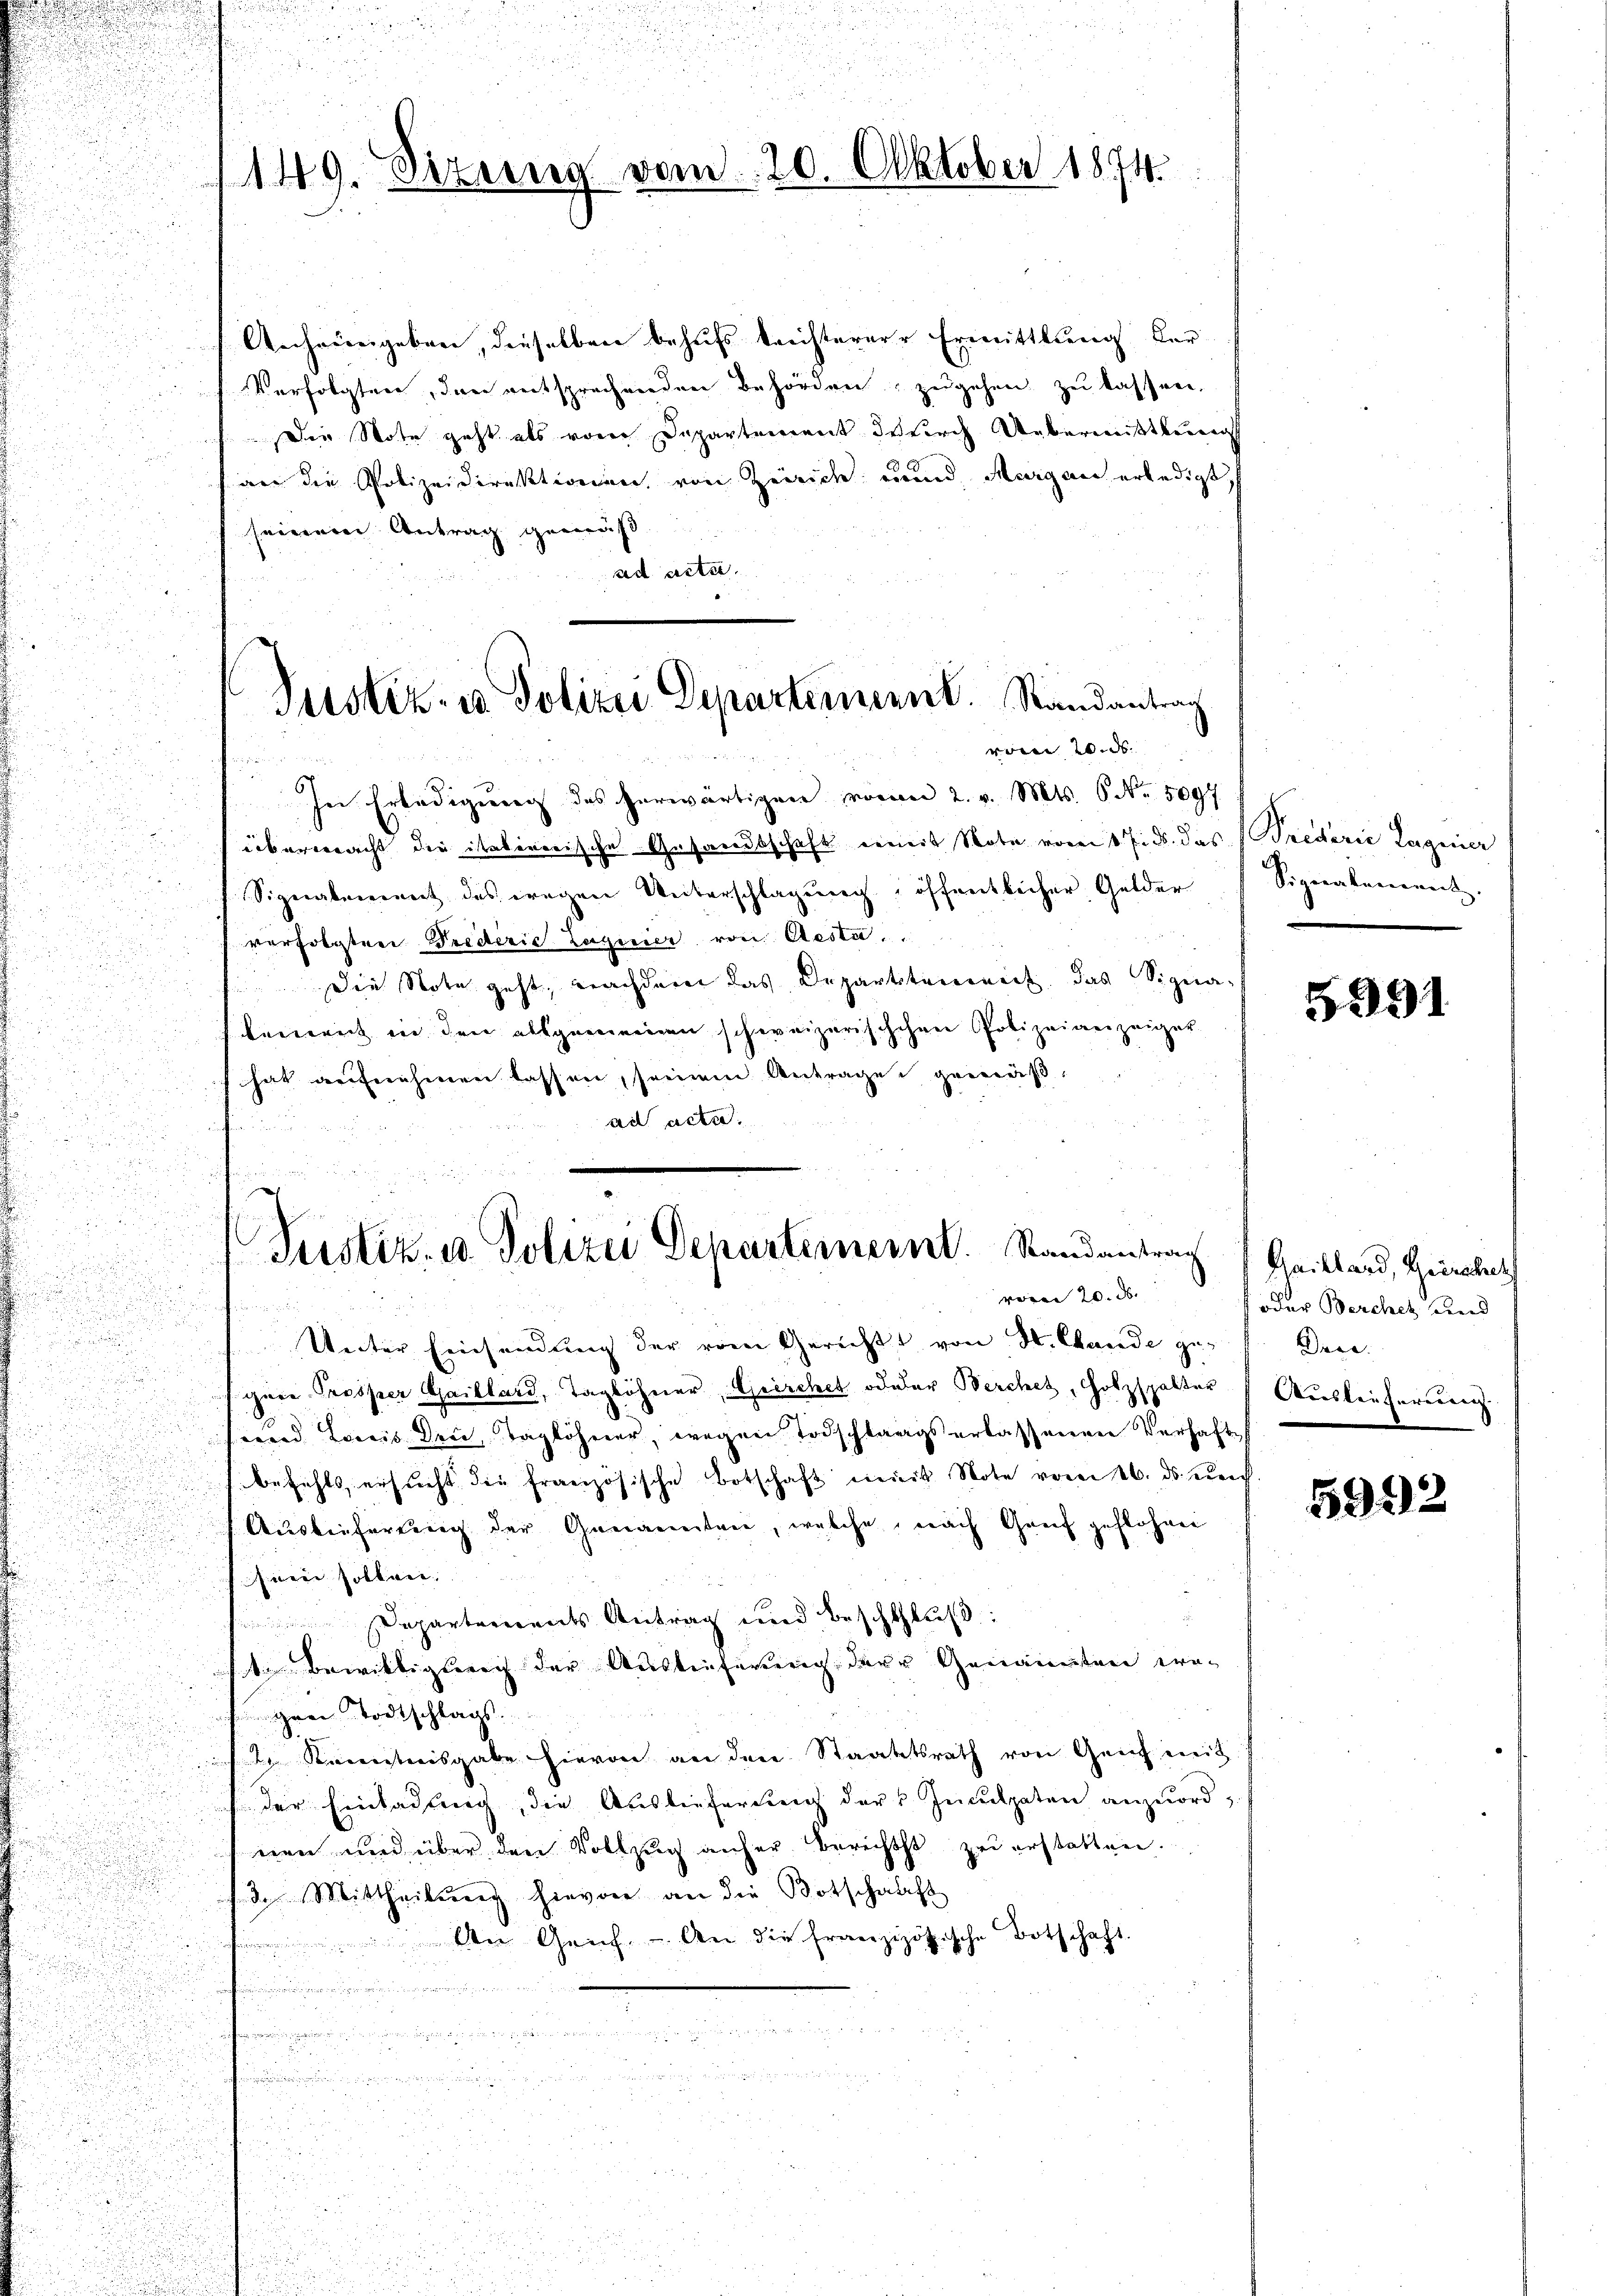
n

n

d

Anheimgeben, dieselben behufs kaistererer Ermittlung der
Verfolgten, den entsprechenden Behörden, zugehen zu lassen,
Der Note geht als von Departement durch Uebermittlung
wer die Polizeidirektionen von Zürich und Margau erledigt,
seinere Antrag gemäß
ad acte.
vom 20. ds.

6
In Erledigung des herwärtigen von 2. v. Mts. 6 No. 5097
übermacht die italinerische Gesandtschaft ermit Note vom 1 Eids. das Trederie Laginier
a
Signalement des wegen Unterschlagung öffentlicher Gelder Signakament.
verfolgten Prederie Zagnier von Aesta
.
Die Note geht, nachdem das Departstanweit, das Signa-
lement in den allgemeinen schweizerischchen Polizeianzeiger
hat aufnehmen lassen, seinem Antrage gemäß,
ad acta.
h

u

u
149. Eizung vom 20. Oktober 1874.

Justiz- u Polizei Departement. Randantrag

Justiz- u. Polizei Departemeint. Randantrag Gritland, Herbet
voren 20. d.

Unter Einsendung der vom Gericht von H. Hande gegene Prosper Gaillard, Taglöhner, Grirchet oderer Berchet, Holzspalter Ausleiferung
herend Loreis der Taglöhner, wegen Todschlags erlassenen Verhafts
befehls ersŭcht die französische Botschaft mit Note vom 26. ds. unch
Auslieferung der Genannten, welche, nach Genf geflohnen
sein sollen. |
Departements Antrag und Beschluß:
te Bewilligung der Auslieferung der Genannten werei Todtschlags
t Kenntnisgabe hievon an den Staatsrath von Genf mit
der Einladung, die Auslieferung der Inculpaten anzuordnen und über den Vollzug anher Berichts zu erstatten.
de Mittheilung hievon an die Botschaft
An Geich. - An die franzizösische Botschaft.
u

u
u
n

5291

oder Berchet und
Dree.

5992